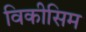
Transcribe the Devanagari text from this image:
विकीसिम